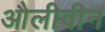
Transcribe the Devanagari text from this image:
औलीवीन